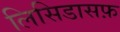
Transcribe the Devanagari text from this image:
लिसिडासफ़